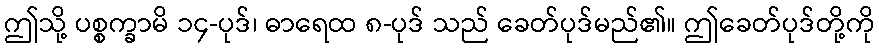
ဤသို့ ပစ္စက္ခာမိ ၁၄-ပုဒ်၊ ဓာရေထ ၈-ပုဒ် သည် ခေတ်ပုဒ်မည်၏။ ဤခေတ်ပုဒ်တို့ကို